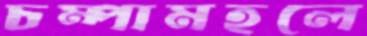
চম্পামহলে